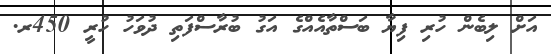
އަށް ލިބެން ހުރި ފިޔާ ބަސްތާއެއްގެ އަގު ބުރާސްފަތި ދުވަހު ހުރީ 450ރ.